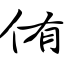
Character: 侑